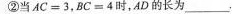
②当AC=3，BC=4时，AD的长为,